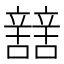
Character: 𨐼